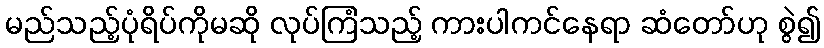
မည်သည့်ပုံရိပ်ကိုမဆို လုပ်ကြံသည့် ကားပါကင်နေရာ ဆံတော်ဟု စွဲ၍